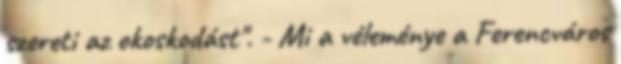
szereti az okoskodást". - Mi a véleménye a Ferencváros